Vaccination in Bombay 1869-1873 - 1869-1873
Year: 1869
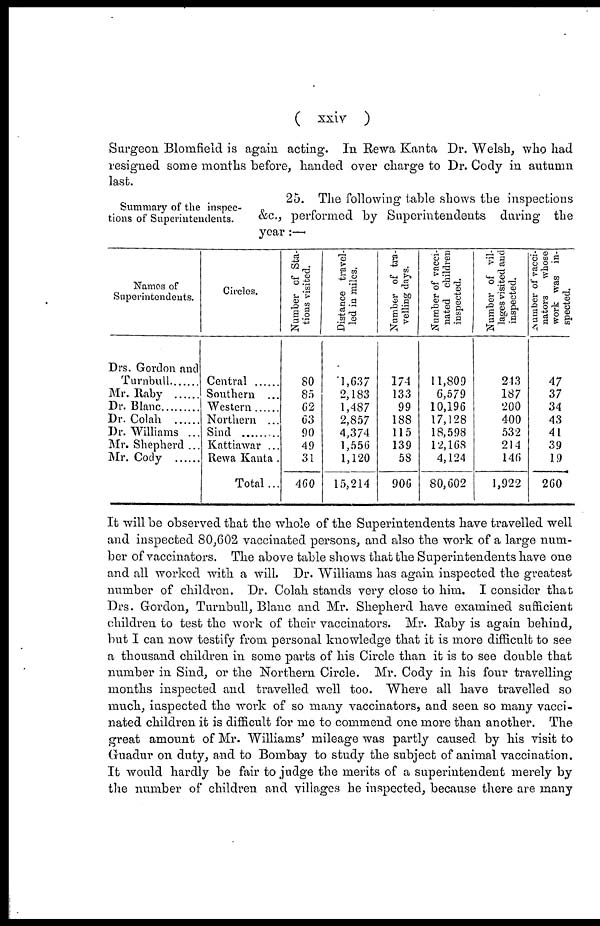
( xxiv )
Surgeon Blomfield is again acting. In Rewa Kanta Dr. Welsh, who had
resigned some months before, handed over charge to Dr. Cody in autumn
last.
Summary of the inspec-
tions of Superintendents.
25. The following table shows the inspections
&c., performed by Superintendents during the
year :—
Names of
Superintendents.
Drs. Gordon and
Turnbull
Mr. Raby
Dr. Blanc
Dr. Colah .......
Dr. Williams ...
Mr. Shepherd ...
Mr. Cody ......
Circles.
Central ......
Southern ...
Western.....
Northern ...
Sind
Kattiawar ...
Rewa Kanta .
Total ...
Number of Sta-
tions visited.
80
85
62
63
90
49
31
460
Distance travel-
led in miles.
1,637
2,183
1,487
2,857
4,374
1,556
1,120
15,214
Number of tra-
velling days.
174
133
99
188
115
139
58
906
Number of vacci-
nated children
inspected.
11,809
6,579
10,196
17,128
18,598
12,168
4,124
80,602
Number of vil-
lages visited and
inspected.
243
187
200
400
532
214
146
1,922
Number of vacci-
nators
whose
work was in-
spected.
47
37
34
43
41
39
19
260
It will be observed that the whole of the Superintendents have travelled well
and inspected 80,602 vaccinated persons, and also the work of a large num-
ber of vaccinators. The above table shows that the Superintendents have one
and all worked with a will. Dr. Williams has again inspected the greatest
number of children. Dr. Colah stands very close to him. I consider that
Drs. Gordon, Turnbull, Blanc and Mr. Shepherd have examined sufficient
children to test the work of their vaccinators. Mr. Raby is again behind,
but I can now testify from personal knowledge that it is more difficult to see
a thousand children in some parts of his Circle than it is to see double that
number in Sind, or the Northern Circle. Mr. Cody in his four travelling-
months inspected and travelled well too. Where all have travelled so
much, inspected the work of so many vaccinators, and seen so many vacci-
nated children it is difficult for me to commend one more than another. The
great amount of Mr. Williams' mileage was partly caused by his visit to
Guadur on duty, and to Bombay to study the subject of animal vaccination.
It would hardly be fair to judge the merits of a superintendent merely by
the number of children and villages he inspected, because there are many